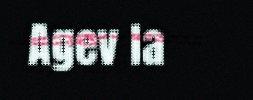
Agev la